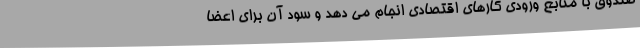
صندوق با منابع ورودی کارهای اقتصادی انجام می ‌دهد و سود آن برای اعضا